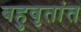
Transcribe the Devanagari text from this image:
बहुवृतांत